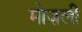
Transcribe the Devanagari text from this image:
मोज़ली